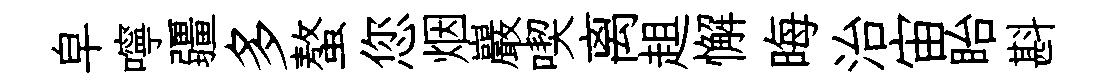
皁嚀疆多螯您烟巖喫离趄懈晦治宙眙斟